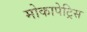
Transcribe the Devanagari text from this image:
मोकापेट्रिस